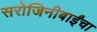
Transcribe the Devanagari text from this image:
सरोजिनीबाईंचा